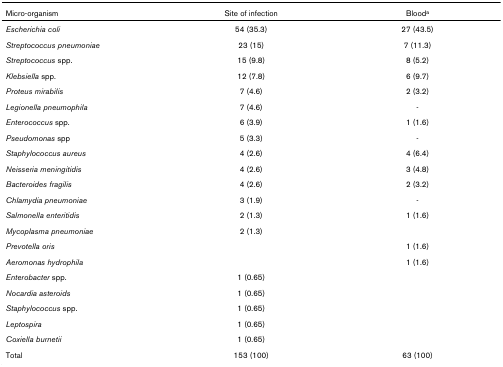
<table><thead><tr><td><b>Micro-organism</b></td><td><b>Site of infection</b></td><td><b>Blood<sup>a</sup></b></td></tr></thead><tbody><tr><td><i>Escherichia coli</i></td><td>54 (35.3)</td><td>27 (43.5)</td></tr><tr><td><i>Streptococcus pneumoniae</i></td><td>23 (15)</td><td>7 (11.3)</td></tr><tr><td><i>Streptococcus </i>spp.</td><td>15 (9.8)</td><td>8 (5.2)</td></tr><tr><td><i>Klebsiella </i>spp.</td><td>12 (7.8)</td><td>6 (9.7)</td></tr><tr><td><i>Proteus mirabilis</i></td><td>7 (4.6)</td><td>2 (3.2)</td></tr><tr><td><i>Legionella pneumophila</i></td><td>7 (4.6)</td><td>-</td></tr><tr><td><i>Enterococcus </i>spp.</td><td>6 (3.9)</td><td>1 (1.6)</td></tr><tr><td><i>Pseudomonas </i>spp</td><td>5 (3.3)</td><td>-</td></tr><tr><td><i>Staphylococcus aureus</i></td><td>4 (2.6)</td><td>4 (6.4)</td></tr><tr><td><i>Neisseria meningitidis</i></td><td>4 (2.6)</td><td>3 (4.8)</td></tr><tr><td><i>Bacteroides fragilis</i></td><td>4 (2.6)</td><td>2 (3.2)</td></tr><tr><td><i>Chlamydia pneumoniae</i></td><td>3 (1.9)</td><td>-</td></tr><tr><td><i>Salmonella enteritidis</i></td><td>2 (1.3)</td><td>1 (1.6)</td></tr><tr><td><i>Mycoplasma pneumoniae</i></td><td>2 (1.3)</td><td></td></tr><tr><td><i>Prevotella oris</i></td><td></td><td>1 (1.6)</td></tr><tr><td><i>Aeromonas hydrophila</i></td><td></td><td>1 (1.6)</td></tr><tr><td><i>Enterobacter </i>spp.</td><td>1 (0.65)</td><td></td></tr><tr><td><i>Nocardia asteroids</i></td><td>1 (0.65)</td><td></td></tr><tr><td><i>Staphylococcus </i>spp.</td><td>1 (0.65)</td><td></td></tr><tr><td><i>Leptospira</i></td><td>1 (0.65)</td><td></td></tr><tr><td><i>Coxiella burnetii</i></td><td>1 (0.65)</td><td></td></tr><tr><td>Total</td><td>153 (100)</td><td>63 (100)</td></tr></tbody></table>